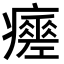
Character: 𤻸